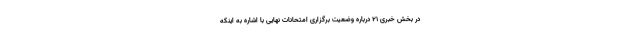
در بخش خبری ۲۱ درباره وضعیت برگزاری امتحانات نهایی با اشاره به اینکه